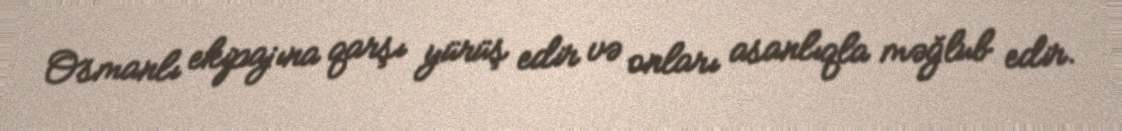
Osmanlı ekipajına qarşı yürüş edir və onları asanlıqla məğlub edir.